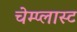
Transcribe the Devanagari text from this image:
चेम्प्लास्ट